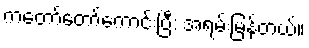
ကတော်တော်ကောင်းပြီ: အရမ်းမြန်တယ်။